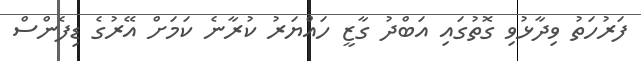
ފަރުހަތު ވިދާޅުވި ގޮތުގައި އަބްދު ގާޒީ ހައްޔަރު ކުރާނެ ކަމަށް އޭރުގެ ޑިފެންސް